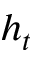
h _ { t }